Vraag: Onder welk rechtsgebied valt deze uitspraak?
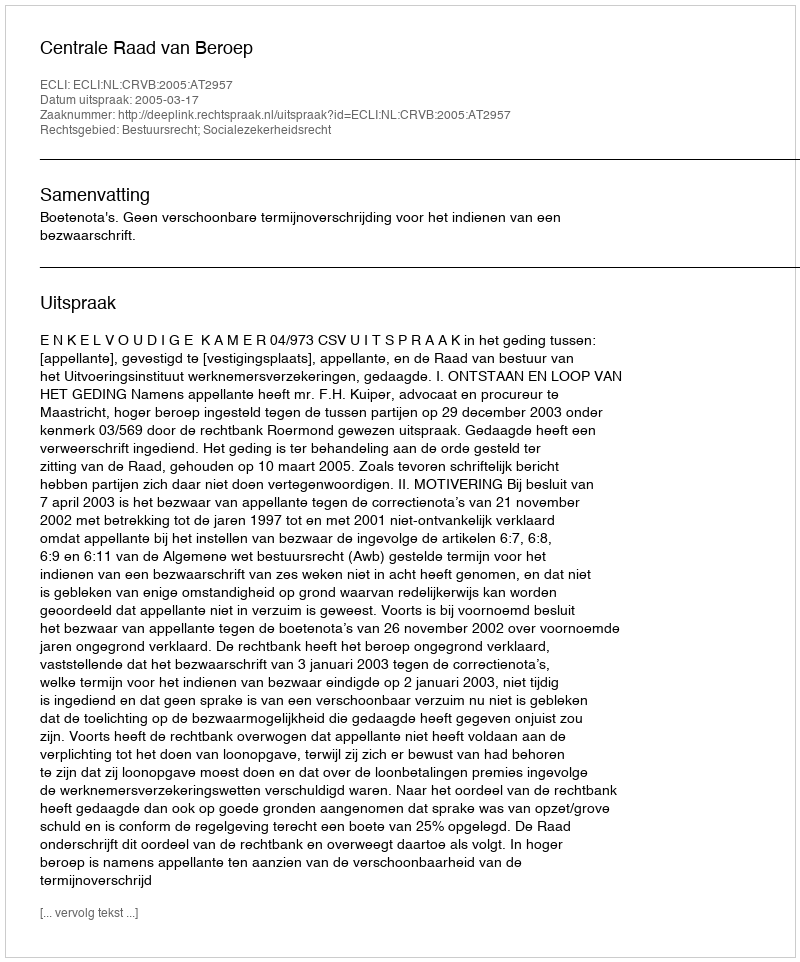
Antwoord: Bestuursrecht; Socialezekerheidsrecht